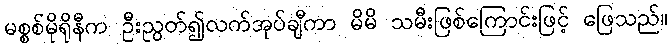
မစ္စစ်မိုရိုနီက ဦးညွတ်၍လက်အုပ်ချီကာ မိမိ သမီးဖြစ်ကြောင်းဖြင့် ဖြေသည်။